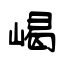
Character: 嵑